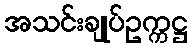
အသင်းချုပ်ဥက္ကဋ္ဌ